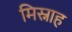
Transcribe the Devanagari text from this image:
मिस्नाह